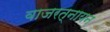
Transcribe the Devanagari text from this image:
वाजरत्नायन